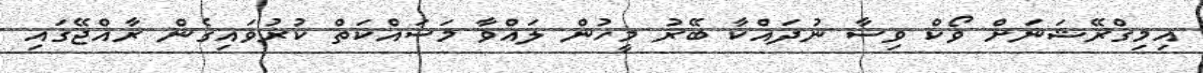
އިމިގްރޭޝަނަށް ވޯކް ވިސާ ނުދައްކާ ބޭރު މީހުން ލައްވާ މަސައްކަތް ކުރުވައިގެން ރާއްޖޭގައި